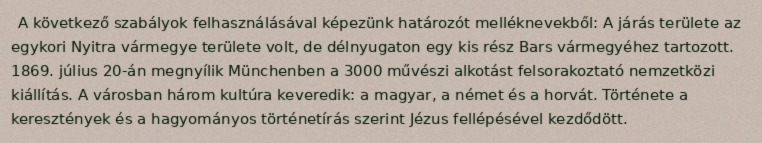
A következő szabályok felhasználásával képezünk határozót melléknevekből: A járás területe az egykori Nyitra vármegye területe volt, de délnyugaton egy kis rész Bars vármegyéhez tartozott. 1869. július 20-án megnyílik Münchenben a 3000 művészi alkotást felsorakoztató nemzetközi kiállítás. A városban három kultúra keveredik: a magyar, a német és a horvát. Története a keresztények és a hagyományos történetírás szerint Jézus fellépésével kezdődött.